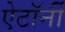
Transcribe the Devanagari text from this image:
ऐटॉर्नी